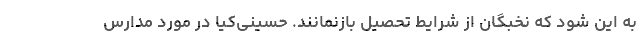
به این شود که نخبگان از شرایط تحصیل بازنمانند. حسینی‌کیا در مورد مدارس